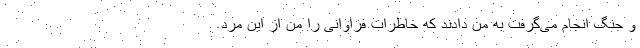
و جنگ انجام می‌گرفت به من دادند که خاطرات فراوانی را من از این مرد